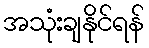
အသုံးချနိုင်ရန်